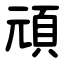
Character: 頑